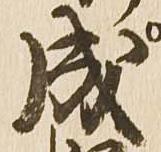
成